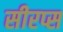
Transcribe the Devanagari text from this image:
सीरप्स